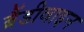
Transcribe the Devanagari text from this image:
ब्रैंडीवाइन